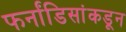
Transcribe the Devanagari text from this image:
फर्नांडिसांकडून